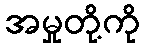
အမှုတို့ကို